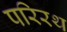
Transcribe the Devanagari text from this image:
परिरथ